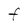
Character: F